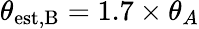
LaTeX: \theta_{\mathrm{est,B}}=1.7\times\theta_{A}